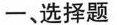
一、选择题